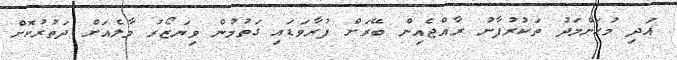
އަދި މުޙަންމަދު ތަކުރުފާނު ރާއްޖެއިން ބޭރަށް ފުރާވަޑައި ގަތުމުން ވިޔަޒޯރު މާލެއަށް ދަތުރުކޮށް